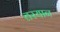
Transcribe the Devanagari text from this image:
तरयान